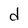
Character: d